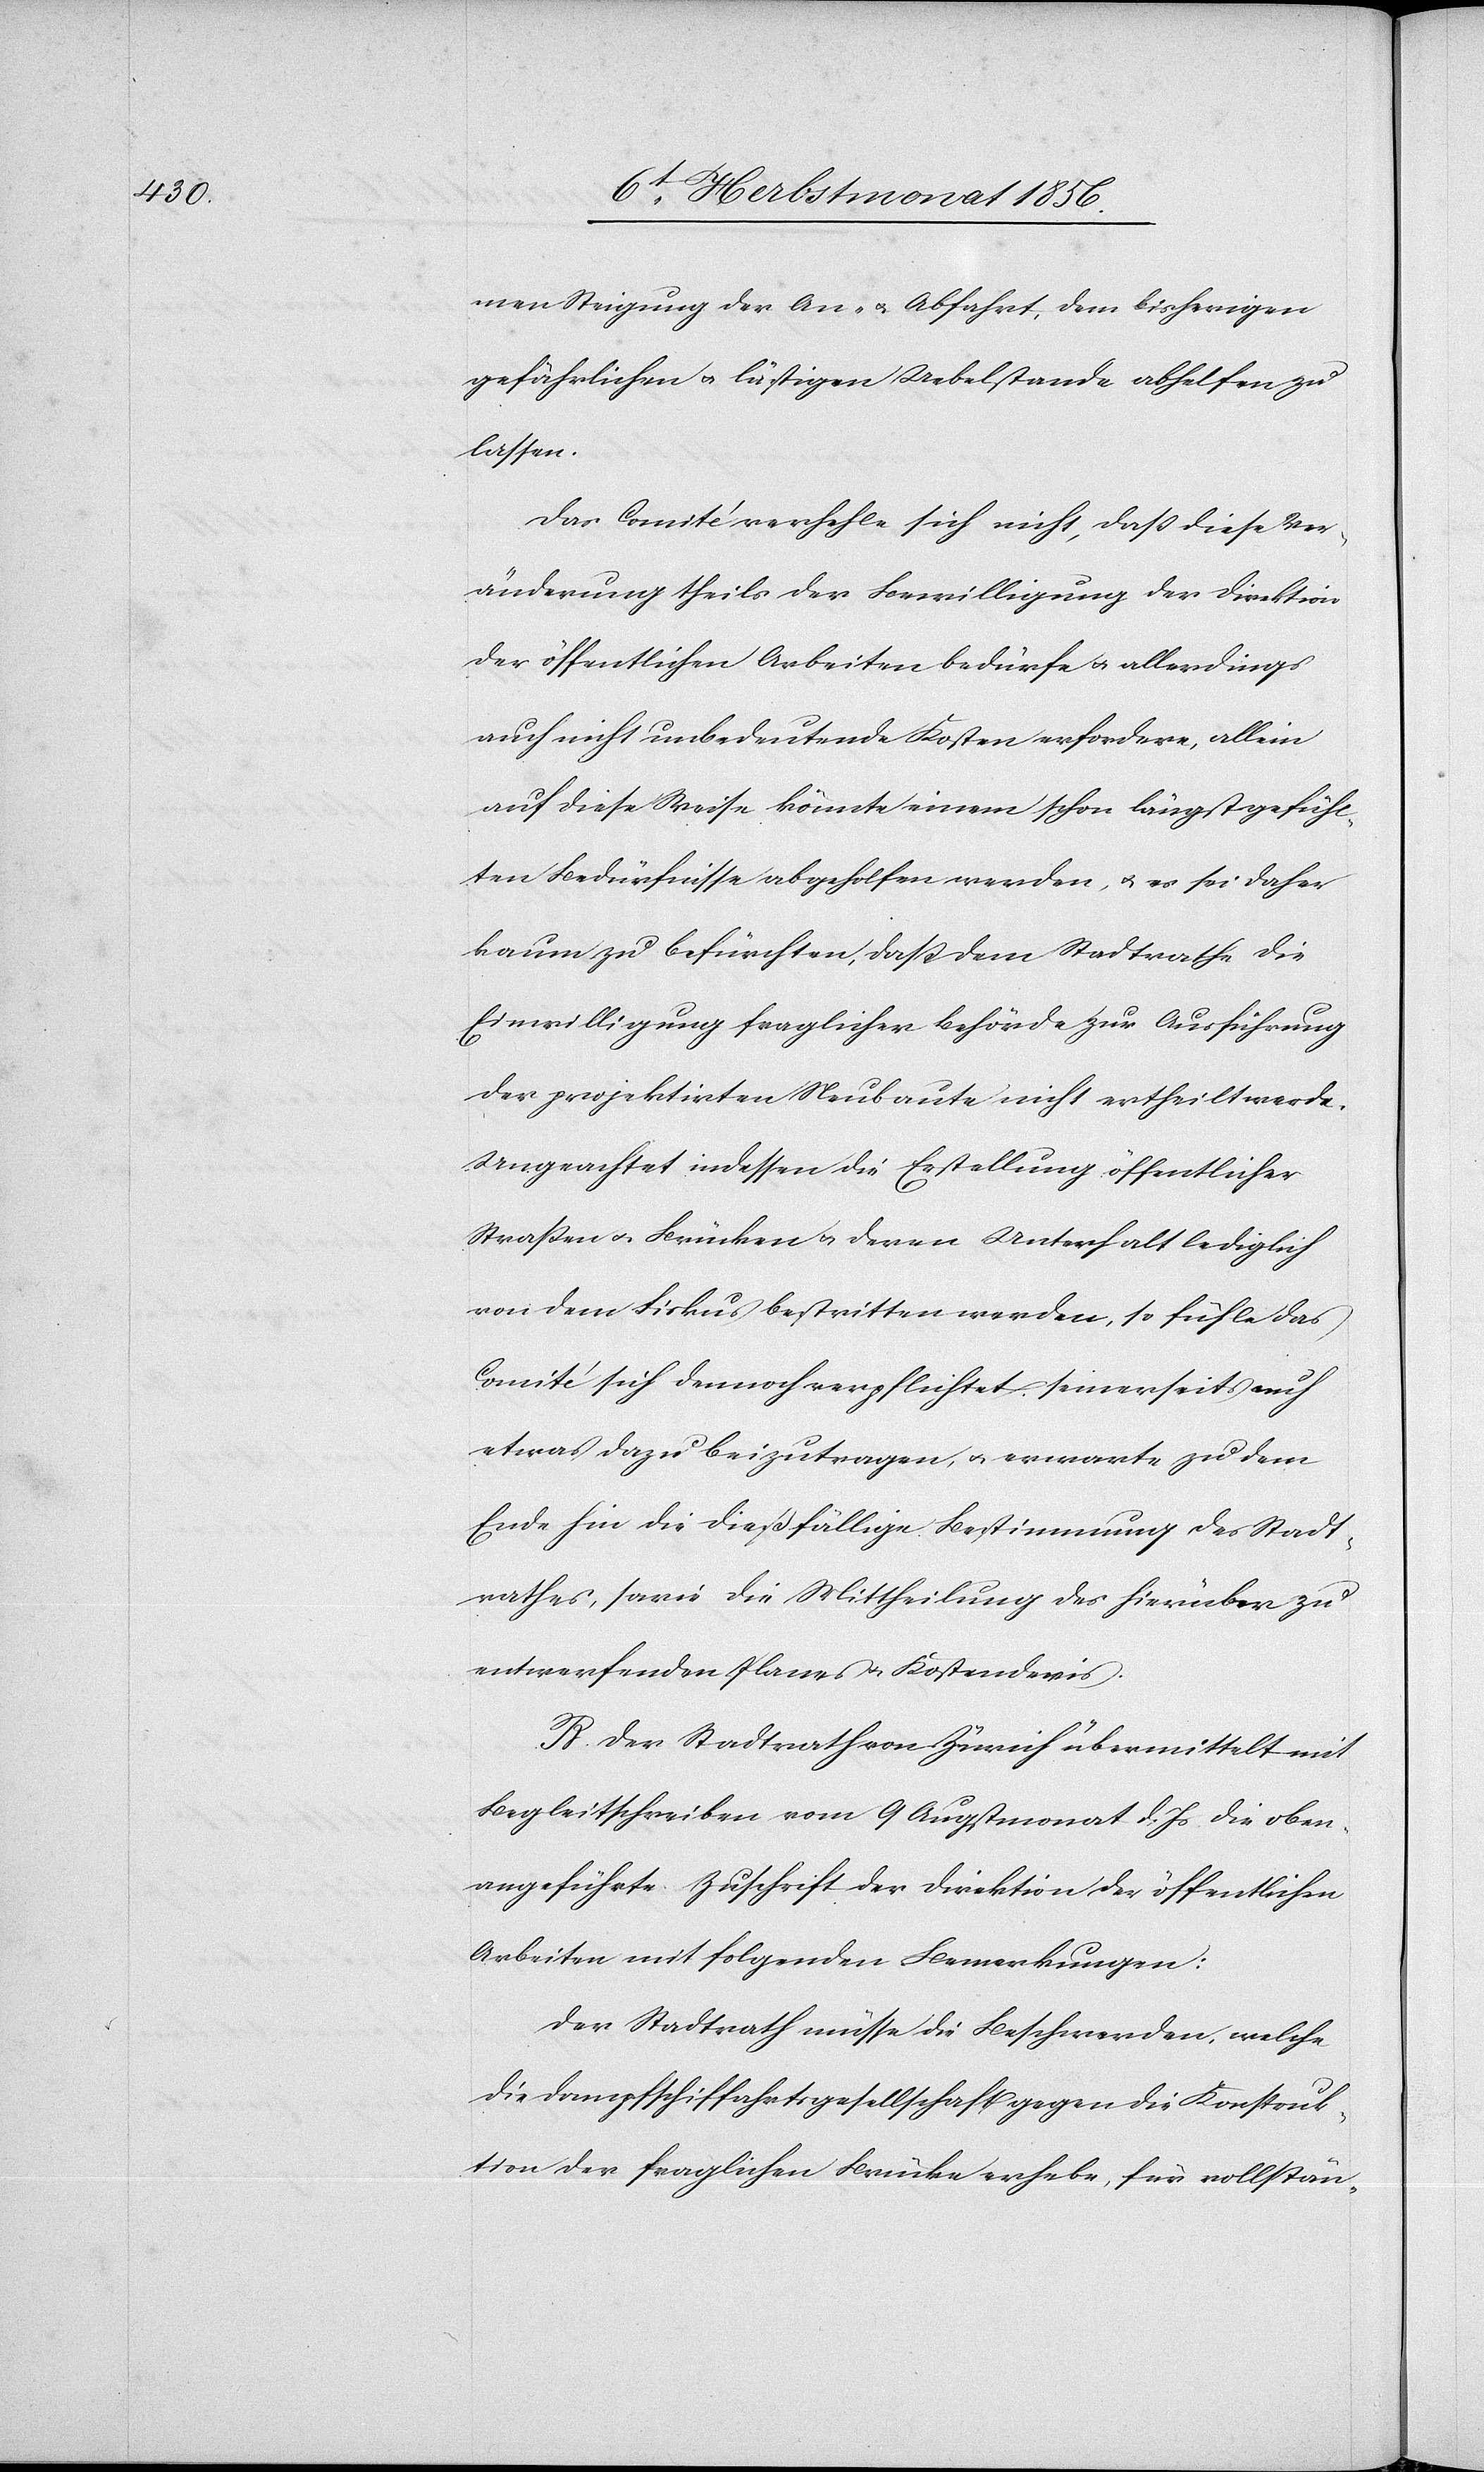
men Steigung der An- u. Abfahrt, dem bisherigen
gefährlichen u. lästigen Uebelstande abhelfen zu
lassen.
Das Comité verhehle sich nicht, dass diese Ver¬
änderung theils der Bewilligung der Direktion
der öffentlichen Arbeiten bedürfe u. allerdings
auch nicht unbedeutende Kosten erfordere, allein
auf diese Weise könnte einem schon längst gefühl¬
ten Bedürfnisse abgeholfen werden, u. es sei daher
kaum zu befürchten, dass dem Stadtrathe die
Einwilligung fraglicher Behörde zur Ausführung
der projektirten Neubaute nicht ertheilt werde.
Ungeachtet indessen die Erstellung öffentlicher
Strassen u. Brücken u. deren Unterhalt lediglich
von dem Fiskus bestritten werden, so fühle das
Comité sich dennoch verpflichtet seinerseits auch
etwas dazu beizutragen, u. erwarte zu dem
Ende hin die dießfällige Bestimmung des Stadt¬
rathes, sowie die Mittheilung des hierüber zu
entwerfenden Planes u. Kostendevis.
B. Der Stadtrath von Zürich übermittelt mit
Begleitschreiben vom 9 Augstmonat d. Js die oben¬
angeführte Zuschrift der Direktion der öffentlichen
Arbeiten mit folgenden Bemerkungen:
Der Stadtrath müsse die Beschwerden, welche
die Dampfschiffahrtsgesellschaft gegen die Konstruk¬
tion der fraglichen Brücke erhebe, für vollstän-